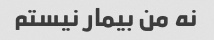
نه من بیمار نیستم